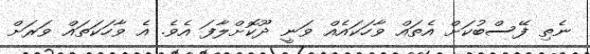
ނެތި ފޭސްބުކަށް އެތައް ވާހަކައެއް ވަނީ ދޫކޮށްލާފަ އެވެ. އެ ވާހަކަތައް ވަރަށް